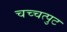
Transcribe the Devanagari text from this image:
चच्चत्पुट